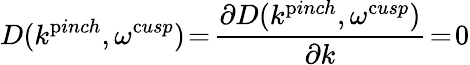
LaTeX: D(k^{\mathrm{p}inch},\omega^{\mathrm{c}usp})\! =\! \frac{\partial D(k^{\mathrm{p}inch},\omega^{\mathrm{c}usp})}{\partial k}\! =\! 0